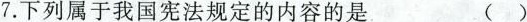
7.下列属于我国宪法规定的内容的是 ()